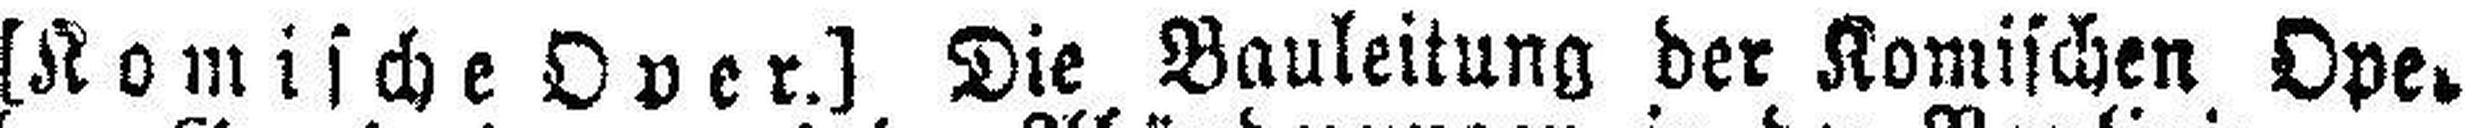
[Komische Over.] Die Bauleitung der Komischen Ope¬